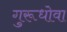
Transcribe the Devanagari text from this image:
गुरूधोवा